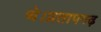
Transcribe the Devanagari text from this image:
थे।प्रतापगढ़